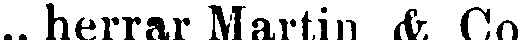
.. herrar Martin & Co